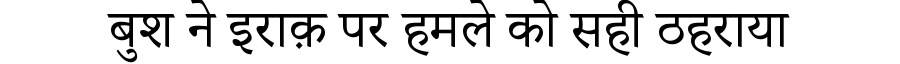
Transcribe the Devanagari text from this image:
बुश ने इराक़ पर हमले को सही ठहराया